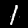
Label: 1